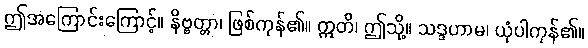
ဤအကြောင်းကြောင့်။ နိဗ္ဗတ္တာ၊ ဖြစ်ကုန်၏။ ဣတိ၊ ဤသို့။ သဒ္ဒဟာမ၊ ယုံပါကုန်၏။